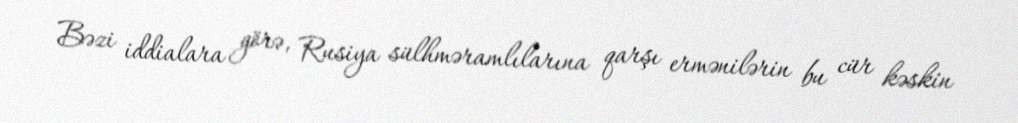
Bəzi iddialara görə, Rusiya sülhməramlılarına qarşı ermənilərin bu cür kəskin